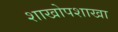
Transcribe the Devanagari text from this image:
शाखोपशाखा